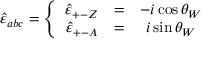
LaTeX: \hat { \varepsilon } _ { a b c } = \left\{ \begin{array} { c c c } { { \hat { \varepsilon } _ { + - Z } } } & { { = } } & { { - i \cos \theta _ { W } } } \\ { { \hat { \varepsilon } _ { + - A } } } & { { = } } & { { i \sin \theta _ { W } } } \end{array} \right.